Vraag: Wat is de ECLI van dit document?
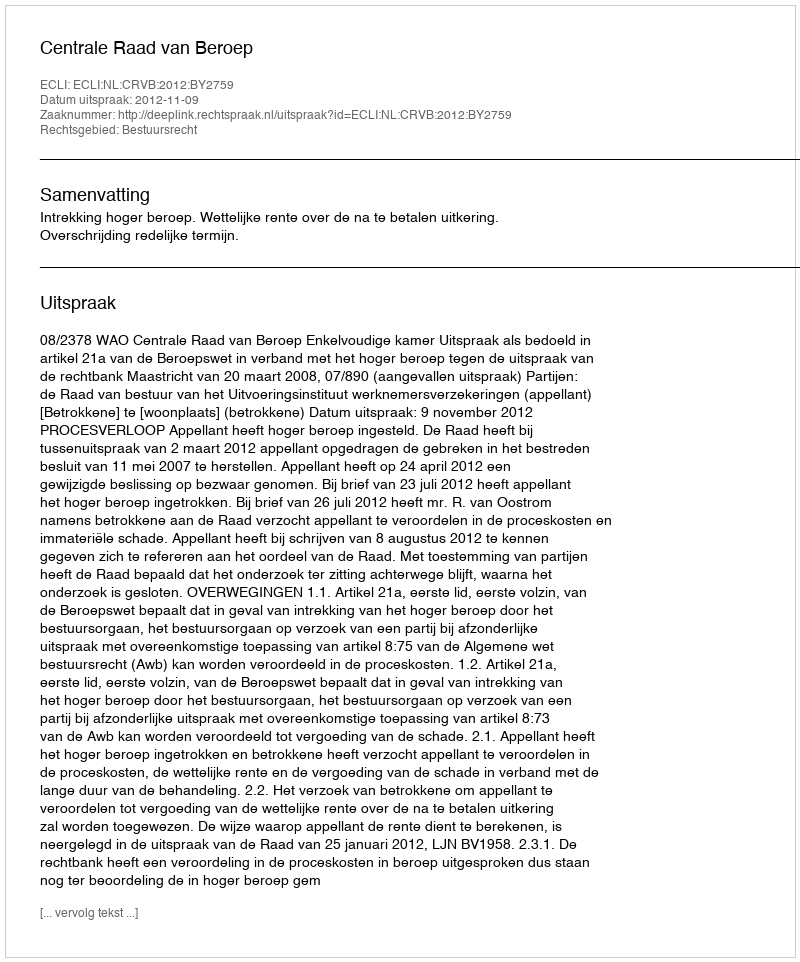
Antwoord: ECLI:NL:CRVB:2012:BY2759